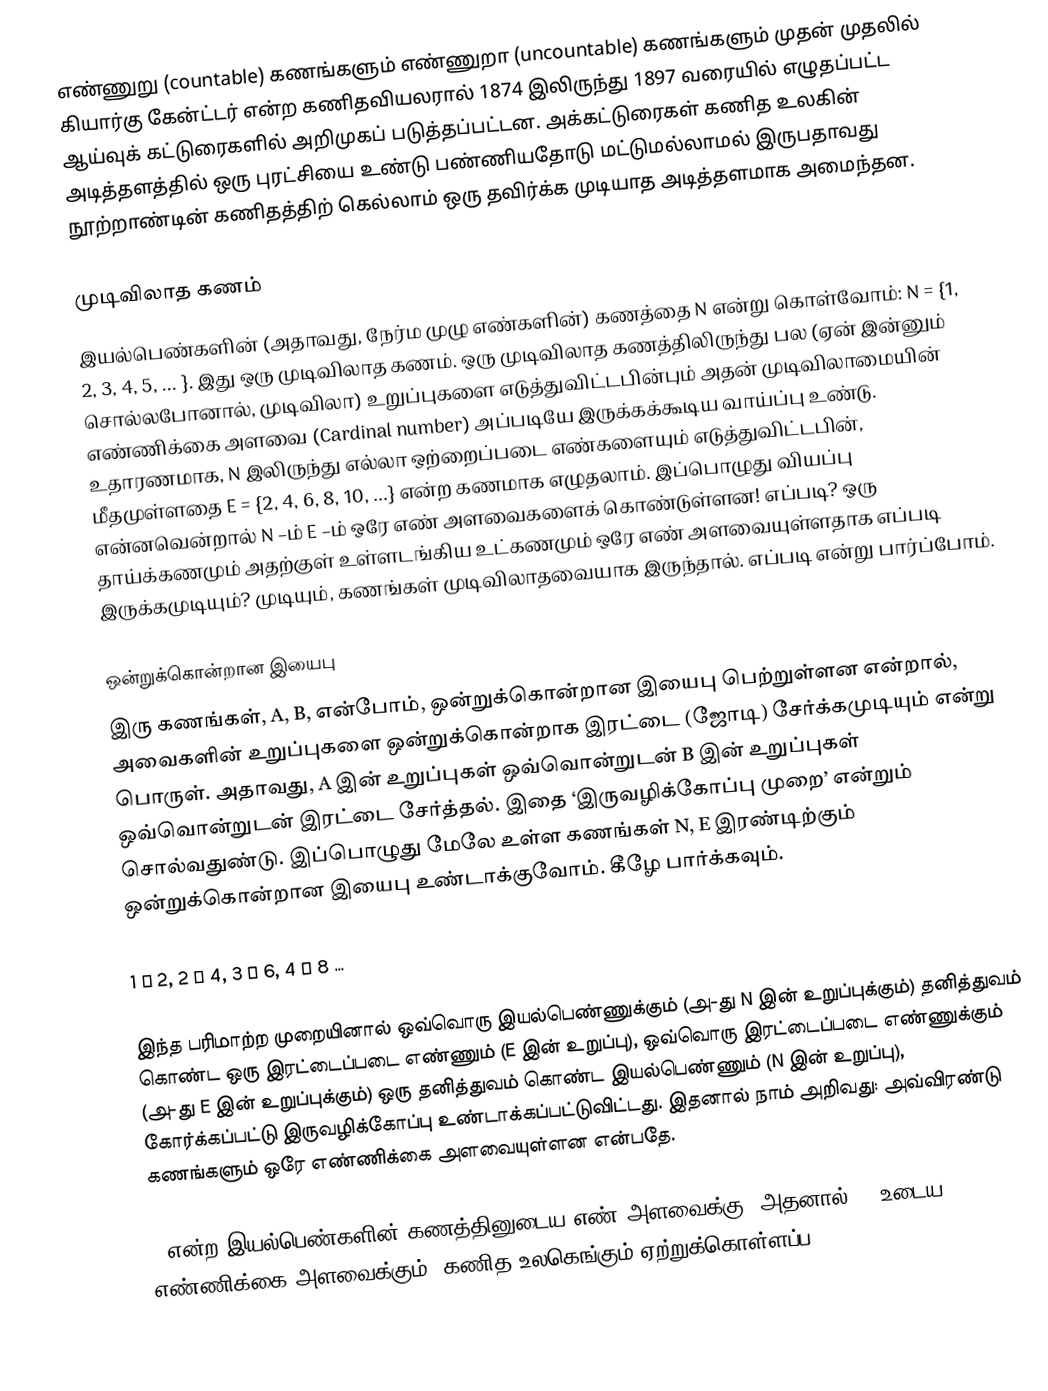
எண்ணுறு (countable) கணங்களும் எண்ணுறா (uncountable) கணங்களும் முதன் முதலில்  கியார்கு கேன்ட்டர் என்ற கணிதவியலரால் 1874 இலிருந்து 1897 வரையில் எழுதப்பட்ட ஆய்வுக் கட்டுரைகளில்  அறிமுகப் படுத்தப்பட்டன. அக்கட்டுரைகள் கணித உலகின் அடித்தளத்தில் ஒரு  புரட்சியை உண்டு பண்ணியதோடு மட்டுமல்லாமல் இருபதாவது நூற்றாண்டின் கணிதத்திற் கெல்லாம் ஒரு தவிர்க்க முடியாத அடித்தளமாக அமைந்தன.

முடிவிலாத கணம்
இயல்பெண்களின் (அதாவது, நேர்ம முழு எண்களின்) கணத்தை N  என்று கொள்வோம்: N = {1, 2, 3, 4, 5, ... }. இது ஒரு முடிவிலாத கணம்.  ஒரு முடிவிலாத கணத்திலிருந்து பல (ஏன் இன்னும் சொல்லபோனால், முடிவிலா) உறுப்புகளை எடுத்துவிட்டபின்பும் அதன் முடிவிலாமையின் எண்ணிக்கை அளவை (Cardinal number) அப்படியே இருக்கக்கூடிய வாய்ப்பு உண்டு. உதாரணமாக, N  இலிருந்து எல்லா ஒற்றைப்படை எண்களையும் எடுத்துவிட்டபின், மீதமுள்ளதை E =  {2, 4, 6, 8, 10, ...} என்ற கணமாக எழுதலாம். இப்பொழுது வியப்பு என்னவென்றால்  N –ம் E –ம் ஒரே எண் அளவைகளைக் கொண்டுள்ளன! எப்படி? ஒரு தாய்க்கணமும் அதற்குள் உள்ளடங்கிய உட்கணமும் ஒரே எண் அளவையுள்ளதாக எப்படி இருக்கமுடியும்? முடியும், கணங்கள் முடிவிலாதவையாக இருந்தால்.  எப்படி என்று பார்ப்போம்.

ஒன்றுக்கொன்றான இயைபு
இரு கணங்கள், A, B, என்போம்,  ஒன்றுக்கொன்றான இயைபு பெற்றுள்ளன என்றால், அவைகளின் உறுப்புகளை  ஒன்றுக்கொன்றாக இரட்டை (ஜோடி) சேர்க்கமுடியும் என்று பொருள். அதாவது, A இன் உறுப்புகள் ஒவ்வொன்றுடன் B இன் உறுப்புகள் ஒவ்வொன்றுடன் இரட்டை சேர்த்தல். இதை ‘இருவழிக்கோப்பு முறை’ என்றும் சொல்வதுண்டு. இப்பொழுது மேலே உள்ள கணங்கள்  N, E  இரண்டிற்கும் ஒன்றுக்கொன்றான இயைபு உண்டாக்குவோம். கீழே பார்க்கவும்.

1 ↔ 2,  2 ↔ 4, 3 ↔ 6, 4 ↔ 8 …

இந்த பரிமாற்ற முறையினால் ஒவ்வொரு இயல்பெண்ணுக்கும் (அ-து N இன் உறுப்புக்கும்) தனித்துவம் கொண்ட ஒரு இரட்டைப்படை எண்ணும் (E இன் உறுப்பு), ஒவ்வொரு இரட்டைப்படை எண்ணுக்கும்  (அ-து E இன் உறுப்புக்கும்) ஒரு தனித்துவம் கொண்ட இயல்பெண்ணும் (N இன் உறுப்பு), கோர்க்கப்பட்டு இருவழிக்கோப்பு உண்டாக்கப்பட்டுவிட்டது. இதனால் நாம் அறிவது: அவ்விரண்டு கணங்களும் ஒரே எண்ணிக்கை அளவையுள்ளன என்பதே.

N என்ற இயல்பெண்களின் கணத்தினுடைய எண் அளவைக்கு (அதனால் E –உடைய எண்ணிக்கை அளவைக்கும்) கணித உலகெங்கும் ஏற்றுக்கொள்ளப்ப